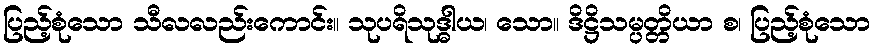
ပြည့်စုံသော သီလလည်းကောင်း။ သုပရိသုဒ္ဓါယ၊ သော။ ဒိဋ္ဌိသမ္ပတ္တိယာ စ၊ ပြည့်စုံသော